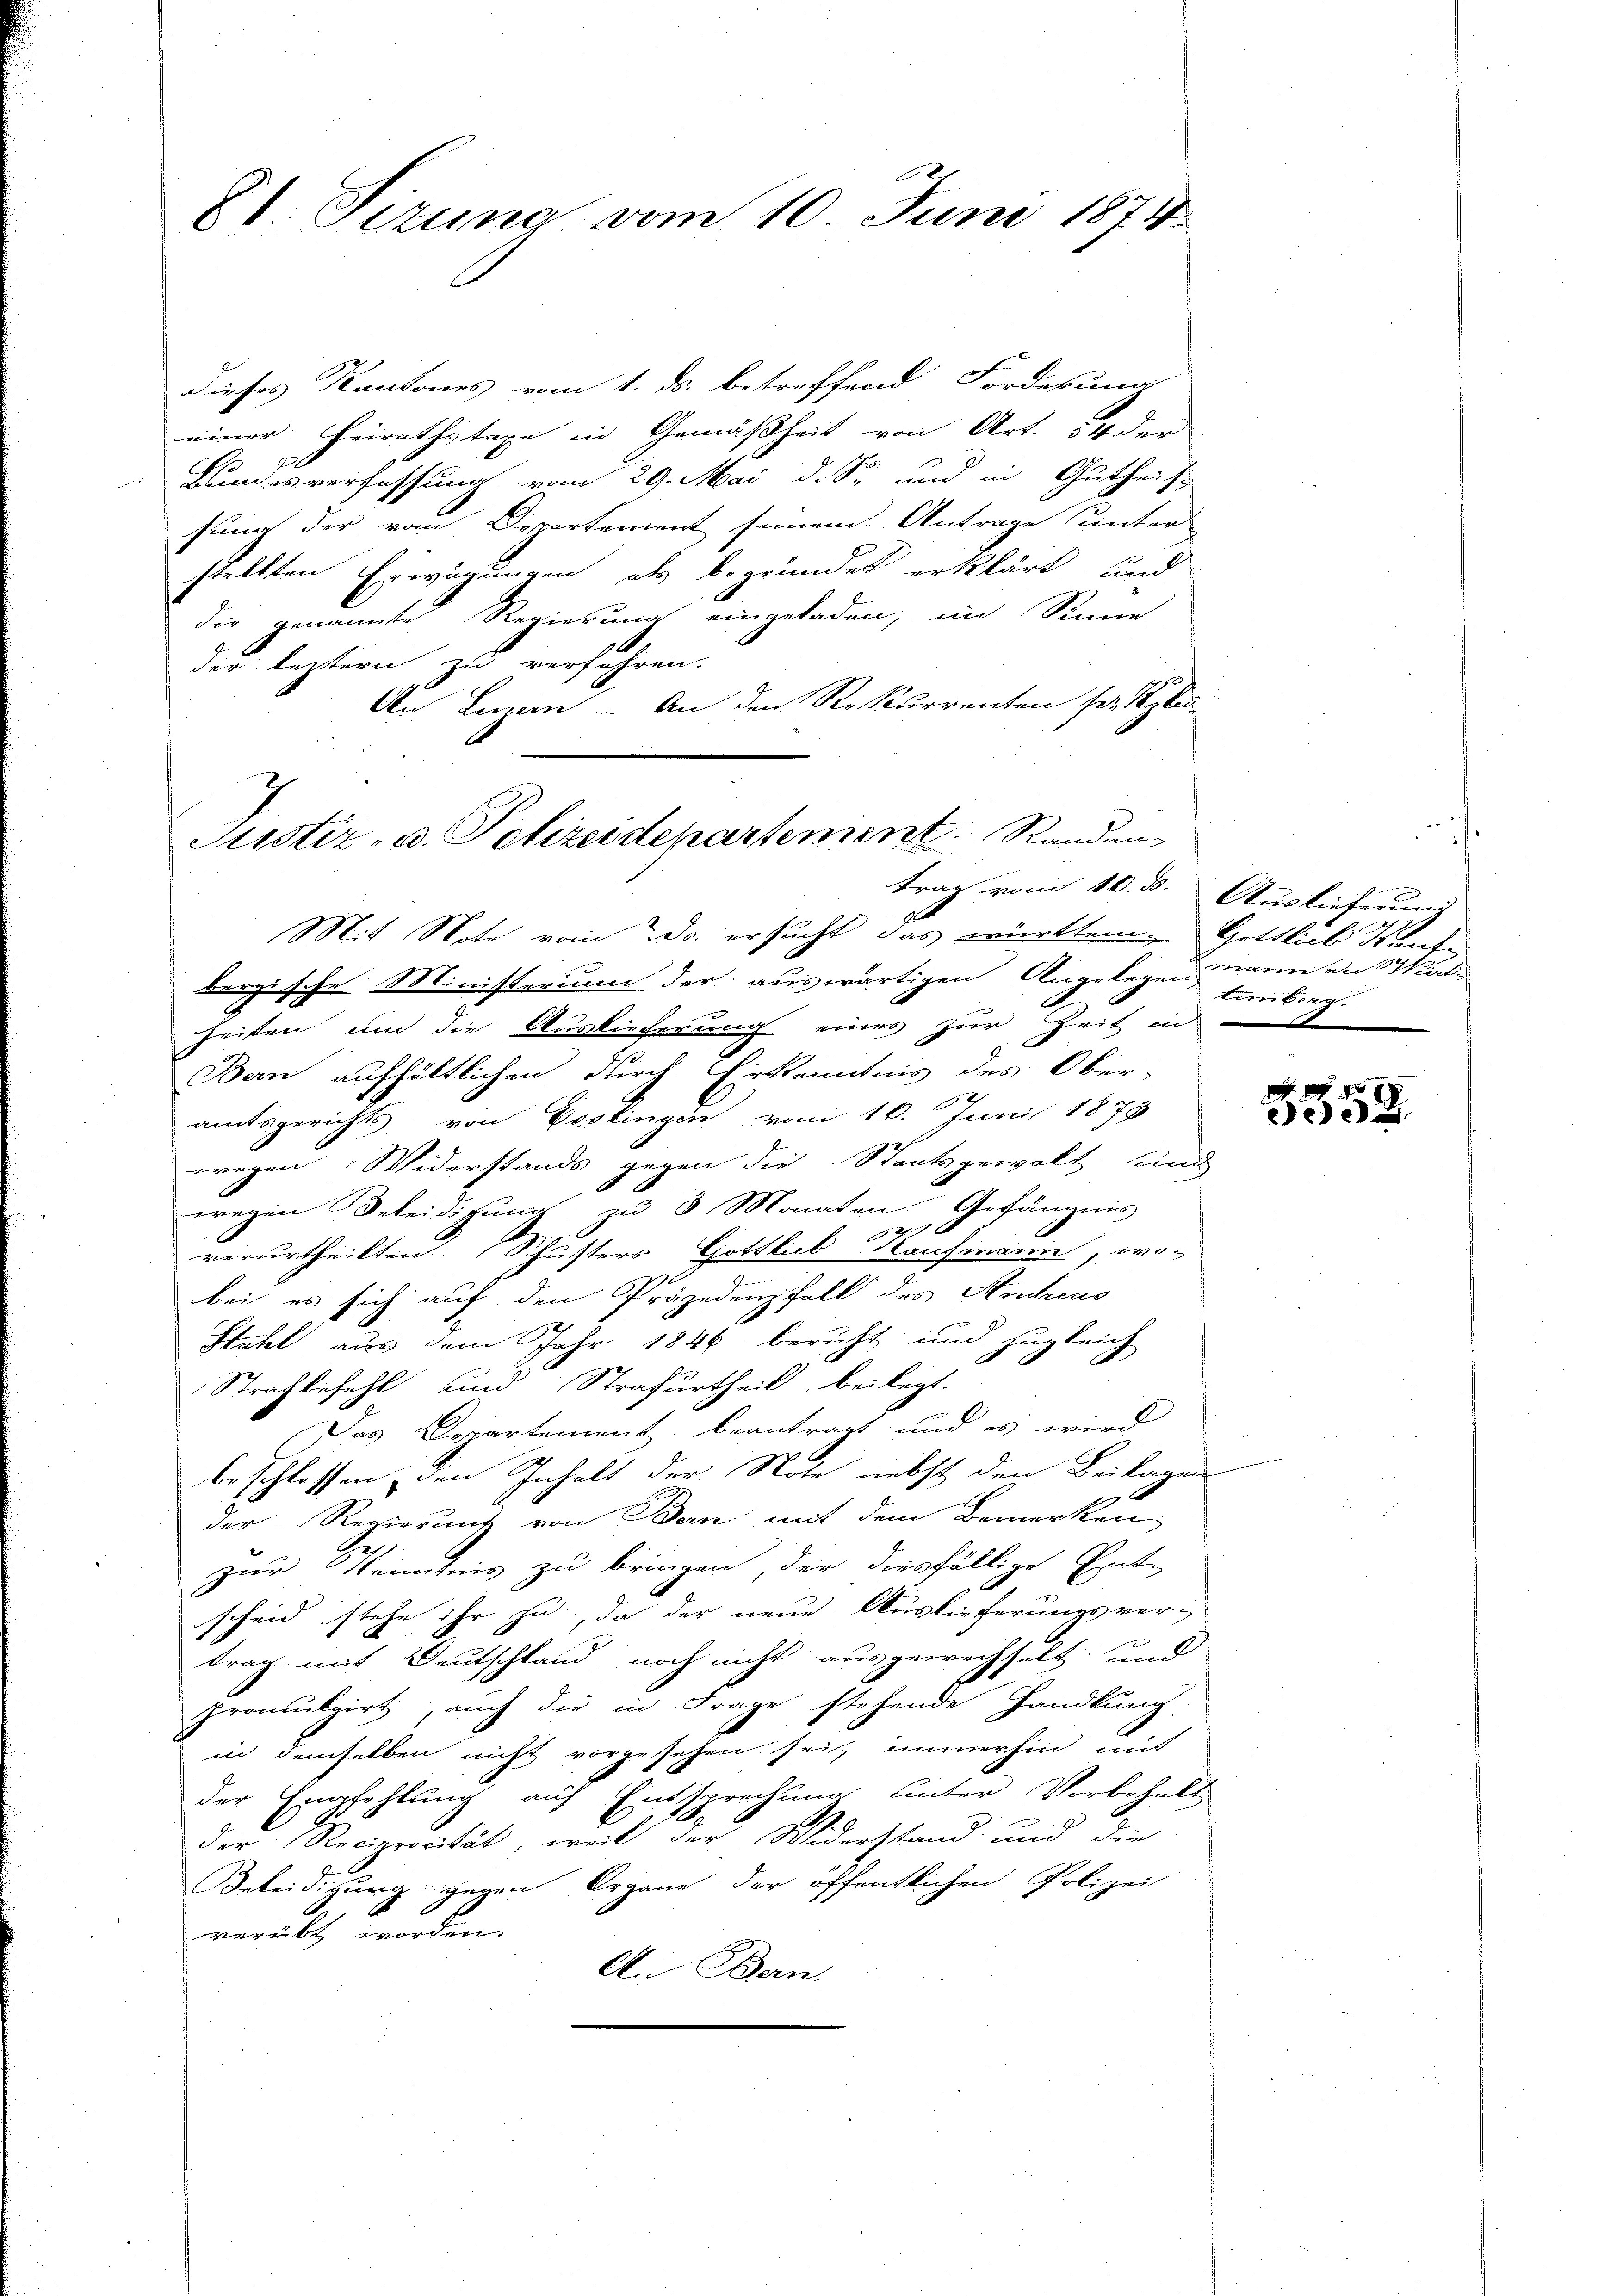
81. Sizung vom 10. Juni 1874.

dieses Kantones vom 1. ds. betreffend Forderung
einer Heirathstage in Gemäßheit von Art. 54 der
Landesverfassung vom 29. Mai d. S. und in Gutheiss
sung der vom Departement seinem Antrage unter-
stellten Erwägungen als begründet erklärt und
die genannte Regierung eingeladen, im Sinne
der leztern zu verfahren.
An Linen - An den Rekurrenten pr. 1
Justiz- u. Polizeidepartement.   Randen

trag vom 10. d. Auslieferung
Mit Note vom Dr. ersucht das württem Gottlich Kauf¬

Berzische Ministerium der auswärtigen Angelegen wenn an Wirts
heiten, um die Ausliecherung eines zur Zeit in
Ban aufhältlichen durch Erkenntnis des Ober-
2
amtsgerichts von Postingen vom 16. Juni 1878
wegen Widerstands gegen die Staatsgewalt, und
wegen Beleidigung zu 3 Monaten Gefängnis
2. 7.
verurtheilten. Schusters Gottlieb Kaufmann, wo-
bei es sich auf dem Präjedenzfell des Archias
Stahel aus dem Jahr 1846 beruht und zugleich
Strafbefehl und Strafurtheil beilegt.
Das Departement beantragt und es wird
beschlossen, den Inhalt der Note nebst den Beilagen
der Regierung von Bern mit dem Bemerken
zur Kenntnis zu bringen, der diesfällige Ent-
scheid stehe ihr zu, da der neue Auslieferungsvertrag mit Deutschland noch nicht ausgewechselt und
promulgirt, auch die in Frage stehende Handlung
in demselben nicht vorgesehen sei, immerhin mit
der Empfehlung auf Entsprechung unter Vorbehalt
der Reciprocität, weil der Widerstand und der
Beleidigung gegen Organe der öffentlichen Polizei
verübt worden.
An Bern,

lemikern

2f 0 x
e